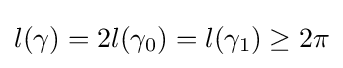
l(\gamma )=2l(\gamma _{0})=l(\gamma _{1})\geq 2\pi